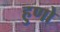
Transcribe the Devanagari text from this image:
हुणो